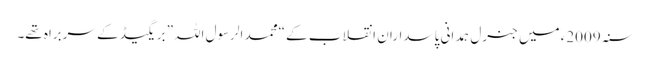
سنہ 2009ء میں جنرل ہمدانی پاسداران انقلاب کے “محمد الرسول اللہ” بریگیڈ کے سربراہ تھے۔